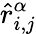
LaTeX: \hat{r}_{i,j}^{\alpha}